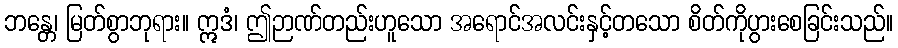
ဘန္တေ၊ မြတ်စွာဘုရား။ ဣဒံ၊ ဤဉာဏ်တည်းဟူသော အရောင်အလင်းနှင့်တသော စိတ်ကိုပွားစေခြင်းသည်။